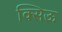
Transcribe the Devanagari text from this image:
क्सिऊ